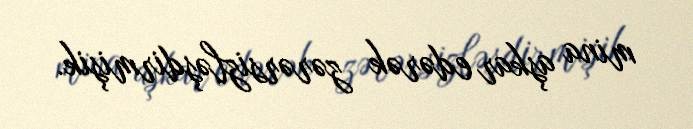
mina aşkar edərək zərərsizləşdirmişik.